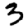
Digit: 3